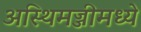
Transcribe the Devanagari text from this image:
अस्थिमज्जीमध्ये